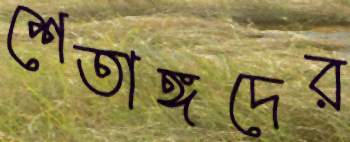
শেতাঙ্গদের